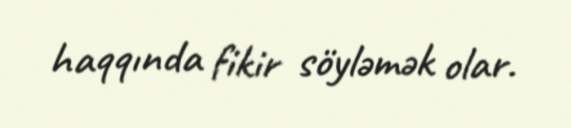
haqqında fikir söyləmək olar.